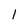
Character: l